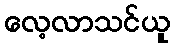
လေ့လာသင်ယူ